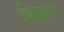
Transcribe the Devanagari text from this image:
शिमला